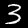
Label: 3